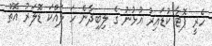
ހެރީ ޕޮޓާ ކުޑައިރު އުޅުނު ގެ ލިބިދާނެ ހަ ލައްކަ ޑޮލަރު އޮތް